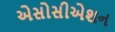
એસોસીએશન